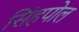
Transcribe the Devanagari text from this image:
सिंहपोल